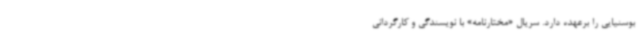
بوسنیایی را برعهده دارد. سریال «مختارنامه» با نویسندگی و کارگردانی